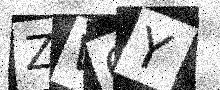
Text: ZW6Y